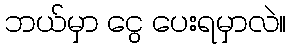
ဘယ်မှာ ငွေ ပေးရမှာလဲ။